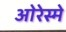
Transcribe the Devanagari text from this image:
ओरेस्मे